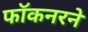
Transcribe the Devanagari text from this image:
फॉकनरने